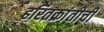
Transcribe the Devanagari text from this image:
हरितक्रांतीची